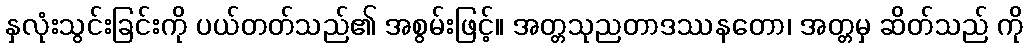
နှလုံးသွင်းခြင်းကို ပယ်တတ်သည်၏ အစွမ်းဖြင့်။ အတ္တသုညတာဒဿနတော၊ အတ္တမှ ဆိတ်သည် ကို